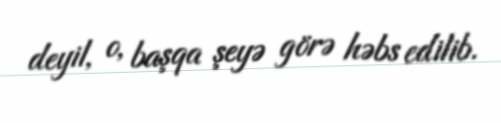
deyil, o, başqa şeyə görə həbs edilib.